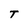
Character: T